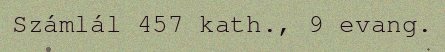
Számlál 457 kath., 9 evang.